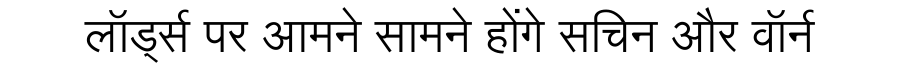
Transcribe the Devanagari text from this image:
लॉर्ड्स पर आमने सामने होंगे सचिन और वॉर्न